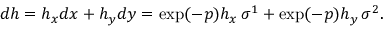
d h = h _ { x } d x + h _ { y } d y = \exp ( - p ) h _ { x } \, \sigma ^ { 1 } + \exp ( - p ) h _ { y } \, \sigma ^ { 2 } .